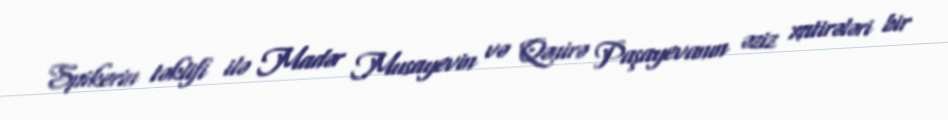
Spikerin təklifi ilə Madər Musayevin və Qənirə Paşayevanın əziz xatirələri bir